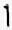
1